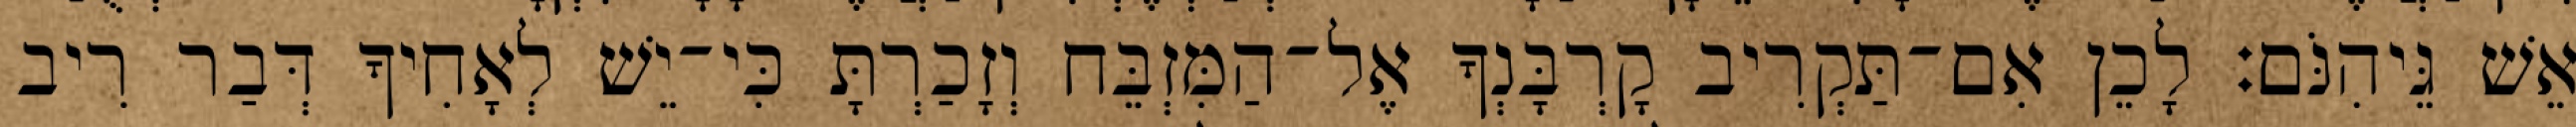
אֵשׁ גֵּיהִנֹּם׃ לָכֵן אִם־תַּקְרִיב קָרְבָּנְךָ אֶל־הַמִּזְבֵּח וְזָכַרְתָּ כִּי־יֵשׁ לְאָחִיךָ דְּבַר רִיב